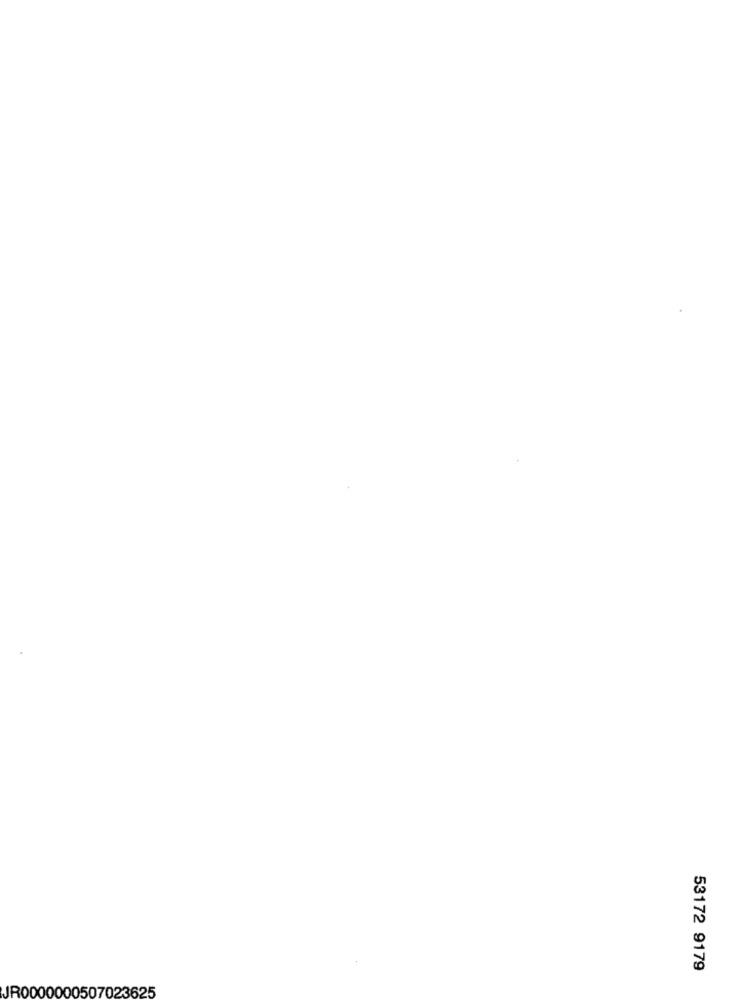
53172 9179
JR0000000507023625